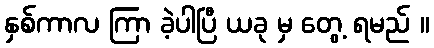
နှစ်ကာလ ကြာ ခဲ့ပါပြီ ယခု မှ တွေ့ ရမည် ။